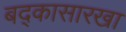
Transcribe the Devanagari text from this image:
बद्कासारखा